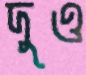
দুও